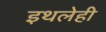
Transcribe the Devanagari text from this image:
इथलेही